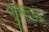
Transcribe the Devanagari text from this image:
कुमऊ